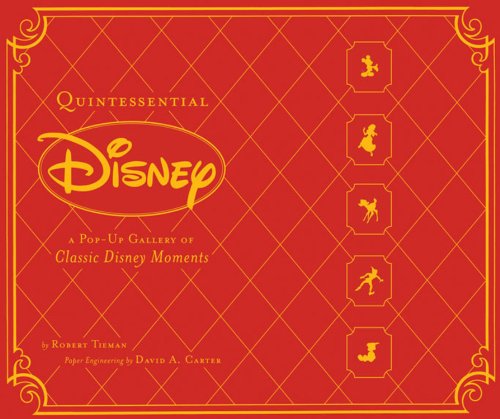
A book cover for Quintessential Disney: A Pop-Up Gallery of Classic Disney Moments; Robert Tieman; Teen & Young Adult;